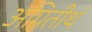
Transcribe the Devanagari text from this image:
अग्नितीर्थ